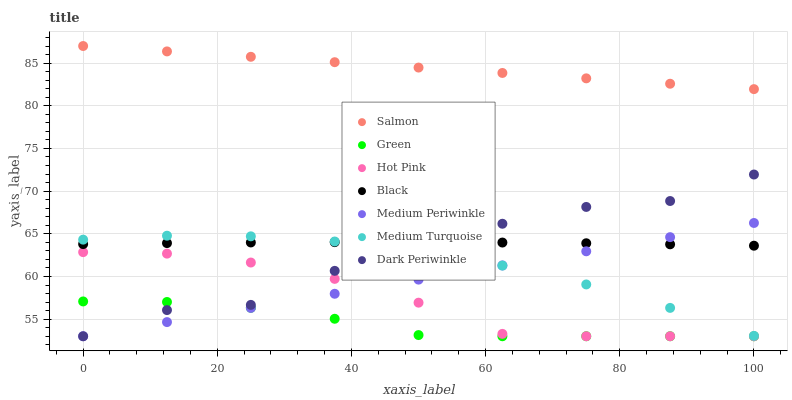
| xaxis_label | Salmon | Green | Hot Pink | Black | Medium Periwinkle | Medium Turquoise | Dark Periwinkle |
 | --- | --- | --- | --- | --- | --- | --- | --- |
 | 0 | 87 | 57.1 | 62.9 | 63.8 | 53 | 64.3 | 53 |
 | 12.5 | 86.4 | 57 | 62.7 | 63.9 | 54.7 | 64.8 | 56.1 |
 | 25 | 85.7 | 56.3 | 61.6 | 64 | 56.3 | 64.7 | 56.7 |
 | 37.5 | 85.1 | 55 | 59.7 | 64 | 58 | 64.1 | 60.7 |
 | 50 | 84.5 | 53.1 | 56.9 | 64 | 59.6 | 63 | 61.7 |
 | 62.5 | 83.8 | 53 | 53.3 | 64 | 61.3 | 61.3 | 66.2 |
 | 75 | 83.2 | 53 | 53 | 63.9 | 63 | 59.1 | 68.1 |
 | 87.5 | 82.6 | 53 | 53 | 63.8 | 64.6 | 56.3 | 68.8 |
 | 100 | 81.9 | 53 | 53 | 63.6 | 66.3 | 53 | 71.9 |